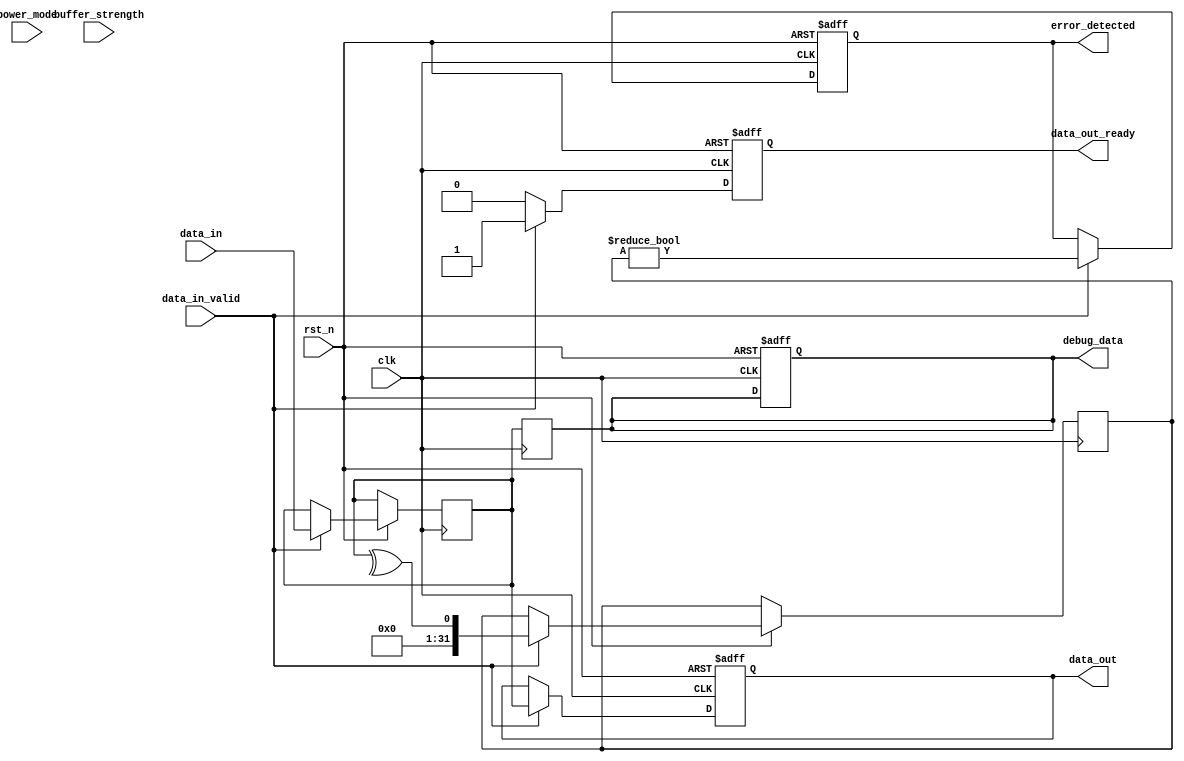
module gddr3_io_block (
    input wire clk,                // Clock input
    input wire rst_n,              // Active low reset signal
    input wire [31:0] data_in,     // 32-bit data input
    output reg [31:0] data_out,    // 32-bit data output
    input wire data_in_valid,       // Data input valid signal
    output reg data_out_ready,      // Data output ready signal
    output reg error_detected,      // Error detection signal
    input wire [1:0] buffer_strength, // Buffer strength configuration
    input wire power_mode,          // Power mode configuration
    output reg [31:0] debug_data    // Debug data output
);

// Internal signals
reg [31:0] data_buffer;
reg [31:0] error_check;

// Slew rate control parameters
parameter SLEW_RATE = 2; // Example parameter for slew rate control

// Initialization and reset logic
always @(posedge clk or negedge rst_n) begin
    if (!rst_n) begin
        data_out <= 32'b0;
        data_out_ready <= 1'b0;
        error_detected <= 1'b0;
        debug_data <= 32'b0;
    end else begin
        // Data transfer logic
        if (data_in_valid) begin
            data_buffer <= data_in;
            // Simple error detection (parity check)
            error_check <= ^data_buffer; // Calculate parity
            error_detected <= (error_check != 1'b0); // Set error if parity is odd
            data_out <= data_buffer; // Output the data
            data_out_ready <= 1'b1; // Indicate data is ready to be read
        end else begin
            data_out_ready <= 1'b0; // Clear ready signal if no valid input
        end
    end
end

// Buffer strength control (simplified example)
always @(buffer_strength) begin
    case (buffer_strength)
        2'b00: begin
            // Low strength
            // Implement low strength logic here
        end
        2'b01: begin
            // Medium strength
            // Implement medium strength logic here
        end
        2'b10: begin
            // High strength
            // Implement high strength logic here
        end
        default: begin
            // Default case
        end
    endcase
end

// Power management logic (simplified)
always @(power_mode) begin
    if (power_mode) begin
        // Low power mode
        // Implement low power logic here
    end else begin
        // Normal operation
        // Implement normal operation logic here
    end
end

// Debugging and testing features
always @(posedge clk) begin
    // Capture debug data
    debug_data <= data_buffer; // Example debug output
end

endmodule